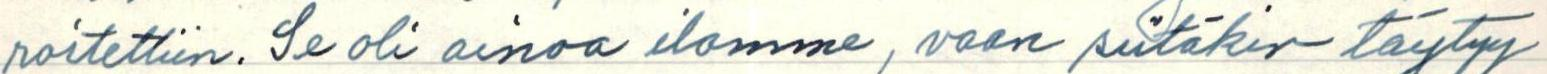
roitettiin. Se oli ainoa ilomme, vaan siitäkin täytyy